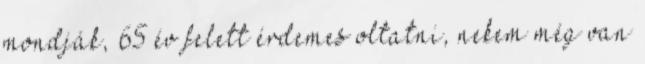
mondják, 65 év felett érdemes oltatni, nekem még van